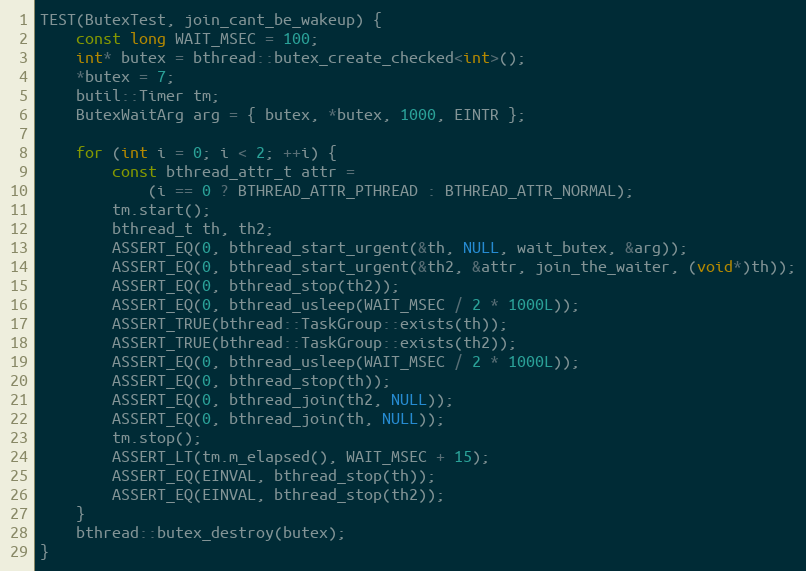
Language: C++
TEST(ButexTest, join_cant_be_wakeup) {
    const long WAIT_MSEC = 100;
    int* butex = bthread::butex_create_checked<int>();
    *butex = 7;
    butil::Timer tm;
    ButexWaitArg arg = { butex, *butex, 1000, EINTR };

    for (int i = 0; i < 2; ++i) {
        const bthread_attr_t attr =
            (i == 0 ? BTHREAD_ATTR_PTHREAD : BTHREAD_ATTR_NORMAL);
        tm.start();
        bthread_t th, th2;
        ASSERT_EQ(0, bthread_start_urgent(&th, NULL, wait_butex, &arg));
        ASSERT_EQ(0, bthread_start_urgent(&th2, &attr, join_the_waiter, (void*)th));
        ASSERT_EQ(0, bthread_stop(th2));
        ASSERT_EQ(0, bthread_usleep(WAIT_MSEC / 2 * 1000L));
        ASSERT_TRUE(bthread::TaskGroup::exists(th));
        ASSERT_TRUE(bthread::TaskGroup::exists(th2));
        ASSERT_EQ(0, bthread_usleep(WAIT_MSEC / 2 * 1000L));
        ASSERT_EQ(0, bthread_stop(th));
        ASSERT_EQ(0, bthread_join(th2, NULL));
        ASSERT_EQ(0, bthread_join(th, NULL));
        tm.stop();
        ASSERT_LT(tm.m_elapsed(), WAIT_MSEC + 15);
        ASSERT_EQ(EINVAL, bthread_stop(th));
        ASSERT_EQ(EINVAL, bthread_stop(th2));
    }
    bthread::butex_destroy(butex);
}